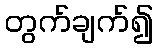
တွက်ချက်၍